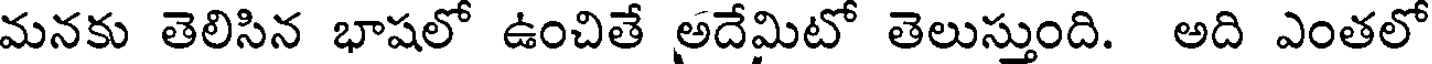
మనకు తెలిసిన భాషలో ఉంచితే అదేమిటో తెలుస్తుంది. అది ఎంతలో